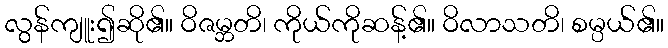
လွန်ကျူး၍ဆို၏။ ဝိဇမ္ဘတိ၊ ကိုယ်ကိုဆန့်၏။ ဝိလာသတိ၊ စမ္ပယ်၏။